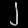
Digit: ၂